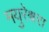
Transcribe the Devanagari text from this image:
मयुरेश्वरा